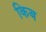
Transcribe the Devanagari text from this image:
किब